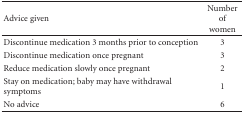
<table><thead><tr><td><b>Advice given</b></td><td><b>Number of women</b></td></tr></thead><tbody><tr><td>Discontinue medication 3 months prior to conception</td><td>3</td></tr><tr><td>Discontinue medication once pregnant</td><td>3</td></tr><tr><td>Reduce medication slowly once pregnant</td><td>2</td></tr><tr><td>Stay on medication; baby may have withdrawal symptoms</td><td>1</td></tr><tr><td>No advice</td><td>6</td></tr></tbody></table>